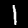
Digit: 1